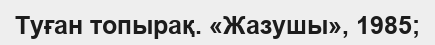
Туған топырақ. «Жазушы», 1985;